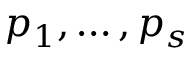
p _ { 1 } , \ldots , p _ { s }